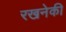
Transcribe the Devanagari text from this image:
रखनेकी